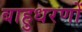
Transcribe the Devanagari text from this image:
बाहुधरणों